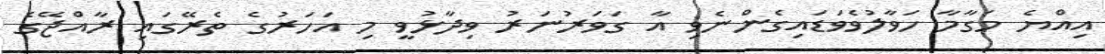
އިއްޔެ މަގާމާ ހަވާލުވެވަޑައިގެންނެވި އާ ގަވަރުނަރު ވިދާޅުވީ މި އަހަރުގެ ތެރޭގައި ރާއްޖޭގެ